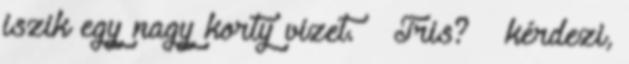
iszik egy nagy korty vizet. – Tris? – kérdezi,